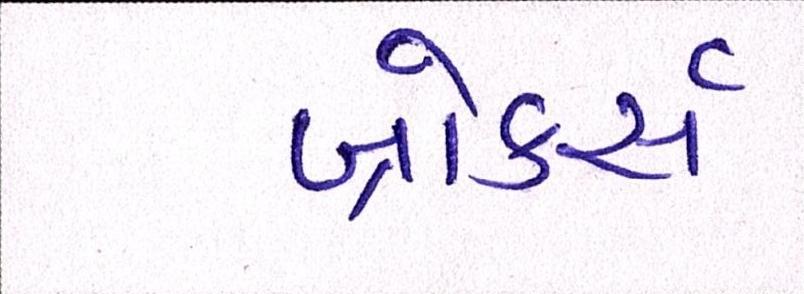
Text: બ્રોકર્સ